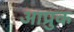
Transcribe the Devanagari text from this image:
आप्रुक